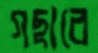
গছাবে